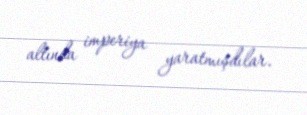
altında imperiya yaratmışdılar.